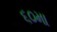
૬૦મા